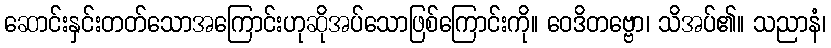
ဆောင်းနှင်းတတ်သောအကြောင်းဟုဆိုအပ်သောဖြစ်ကြောင်းကို။ ဝေဒိတဗ္ဗော၊ သိအပ်၏။ သညာနံ၊